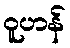
ဝူဟန်